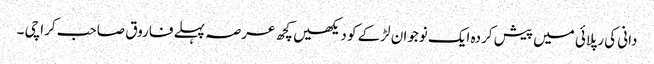
دانی کی رپلائی میں پیش کردہ ایک نوجوان لڑکے کو دیکھیں کچھ عرصہ پہلے فاروق صاحب کراچی ۔